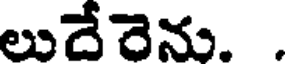
లుదేరెను. .